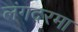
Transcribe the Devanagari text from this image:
लंगदरमा